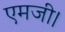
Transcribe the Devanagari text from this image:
एमजी।